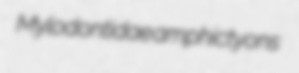
Mylodontidae amphictyons